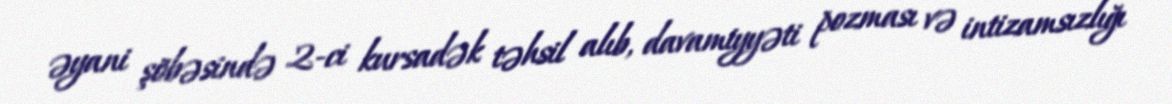
əyani şöbəsində 2-ci kursadək təhsil alıb, davamiyyəti pozması və intizamsızlığı